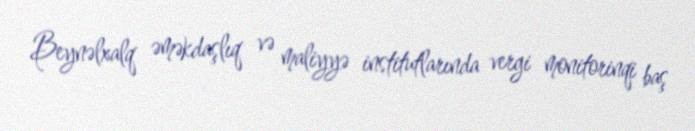
Beynəlxalq əməkdaşlıq və maliyyə institutlarında vergi monitorinqi baş